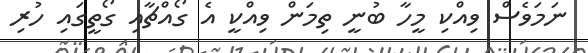
ނަމަވެސް ވިއްކި މީހާ ބުނީ ތިމަން ވިއްކީ އެ ގޯއްޗާއި ގޯތީގައި ހުރި